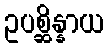
ဥပစ္ဆိန္နာယ